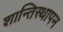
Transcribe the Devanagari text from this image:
शान्तिस्थापन